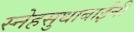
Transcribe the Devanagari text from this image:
स्नेहसुधाबाईंनी